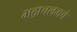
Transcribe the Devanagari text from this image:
भद्राचलमचे